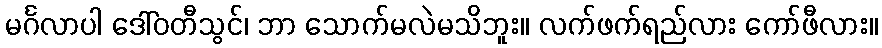
မင်္ဂလာပါ ဒေါ်ဝတီသွင်၊ ဘာ သောက်မလဲမသိဘူး။ လက်ဖက်ရည်လား ကော်ဖီလား။